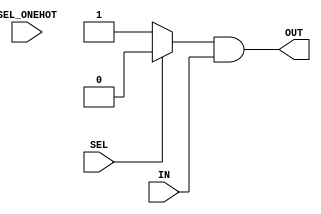
module generic_baseblocks_v2_1_0_nto1_mux #
  (
   parameter integer C_RATIO         =  1,  // Range: >=1
   parameter integer C_SEL_WIDTH     =  1,  // Range: >=1; recommended: ceil_log2(C_RATIO)
   parameter integer C_DATAOUT_WIDTH =  1,  // Range: >=1
   parameter integer C_ONEHOT        =  0   // Values: 0 = binary-encoded (use SEL); 1 = one-hot (use SEL_ONEHOT)
   )
  (
   input  wire [C_RATIO-1:0]                 SEL_ONEHOT,  // One-hot generic_baseblocks_v2_1_0_mux select (only used if C_ONEHOT=1)
   input  wire [C_SEL_WIDTH-1:0]             SEL,         // Binary-encoded generic_baseblocks_v2_1_0_mux select (only used if C_ONEHOT=0)
   input  wire [C_RATIO*C_DATAOUT_WIDTH-1:0] IN,          // Data input array (num_selections x data_width)
   output wire [C_DATAOUT_WIDTH-1:0]         OUT          // Data output vector
   );

  wire [C_DATAOUT_WIDTH*C_RATIO-1:0] carry;
  genvar i;
  
  generate
    if (C_ONEHOT == 0) begin : gen_encoded
      assign carry[C_DATAOUT_WIDTH-1:0] = {C_DATAOUT_WIDTH{(SEL==0)?1'b1:1'b0}} & IN[C_DATAOUT_WIDTH-1:0];
      for (i=1;i<C_RATIO;i=i+1) begin : gen_carrychain_enc
        assign carry[(i+1)*C_DATAOUT_WIDTH-1:i*C_DATAOUT_WIDTH] = 
               carry[i*C_DATAOUT_WIDTH-1:(i-1)*C_DATAOUT_WIDTH] |
               {C_DATAOUT_WIDTH{(SEL==i)?1'b1:1'b0}} & IN[(i+1)*C_DATAOUT_WIDTH-1:i*C_DATAOUT_WIDTH];
      end
    end else begin : gen_onehot
      assign carry[C_DATAOUT_WIDTH-1:0] = {C_DATAOUT_WIDTH{SEL_ONEHOT[0]}} & IN[C_DATAOUT_WIDTH-1:0];
      for (i=1;i<C_RATIO;i=i+1) begin : gen_carrychain_hot
        assign carry[(i+1)*C_DATAOUT_WIDTH-1:i*C_DATAOUT_WIDTH] = 
               carry[i*C_DATAOUT_WIDTH-1:(i-1)*C_DATAOUT_WIDTH] |
               {C_DATAOUT_WIDTH{SEL_ONEHOT[i]}} & IN[(i+1)*C_DATAOUT_WIDTH-1:i*C_DATAOUT_WIDTH];
      end
    end
  endgenerate
  assign OUT = carry[C_DATAOUT_WIDTH*C_RATIO-1:
                     C_DATAOUT_WIDTH*(C_RATIO-1)];
endmodule